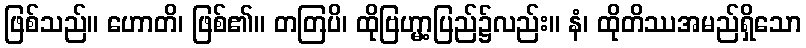
ဖြစ်သည်။ ဟောတိ၊ ဖြစ်၏။ တတြပိ၊ ထိုဗြဟ္မာ့ပြည်၌လည်း။ နံ၊ ထိုတိဿအမည်ရှိသော